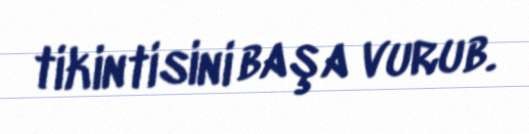
tikintisini başa vurub.